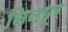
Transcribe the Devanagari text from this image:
निनगूर